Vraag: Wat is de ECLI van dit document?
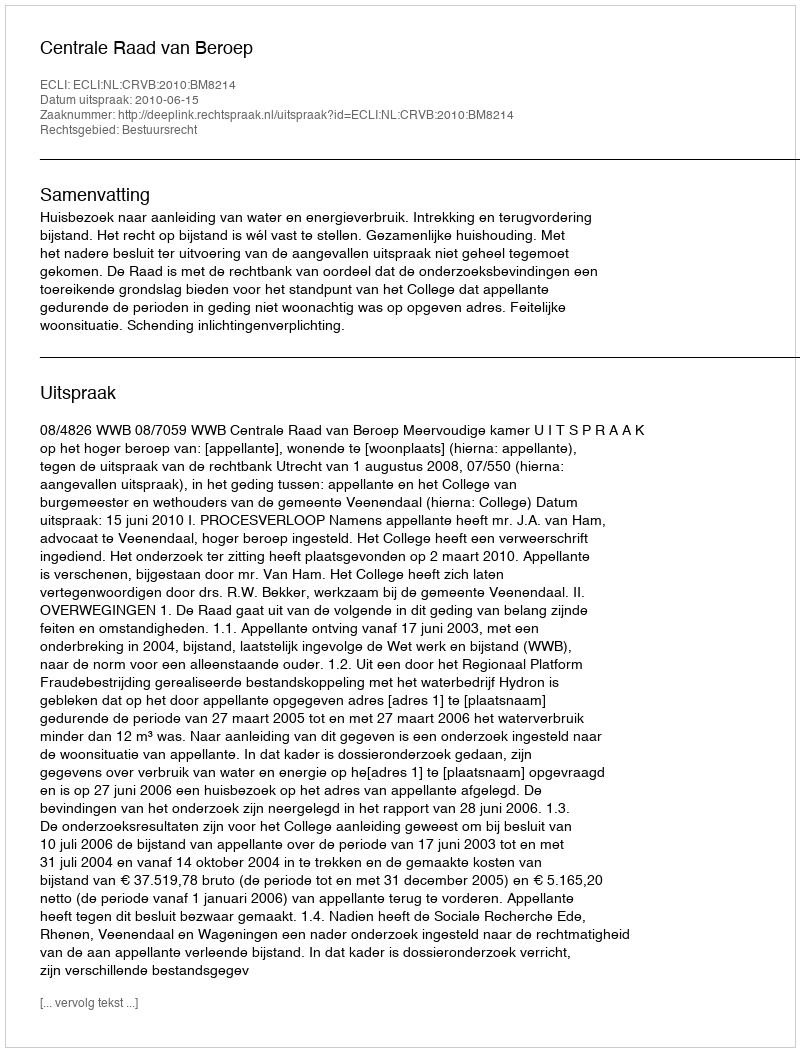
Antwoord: ECLI:NL:CRVB:2010:BM8214